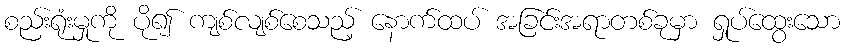
စည်းရုံးမှုကို ပို၍ ကျစ်လျစ်စေသည့် နောက်ထပ် အခြင်းအရာတစ်ခုမှာ ရှုပ်ထွေးသော